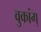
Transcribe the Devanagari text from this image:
वुकांग्